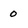
Character: 0